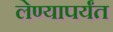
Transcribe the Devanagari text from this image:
लेण्यापर्यंत